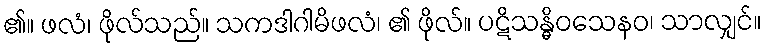
၏။ ဖလံ၊ ဖိုလ်သည်။ သကဒါဂါမိဖလံ၊ ၏ ဖိုလ်။ ပဋိသန္ဓိဝသေနဝ၊ သာလျှင်။